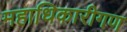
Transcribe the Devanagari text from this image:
महाधिकारीगण